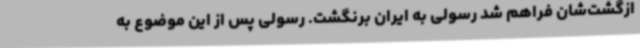
ازگشت‌شان فراهم شد رسولی به ایران برنگشت. رسولی پس از این موضوع به